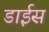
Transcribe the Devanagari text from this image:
डाईस